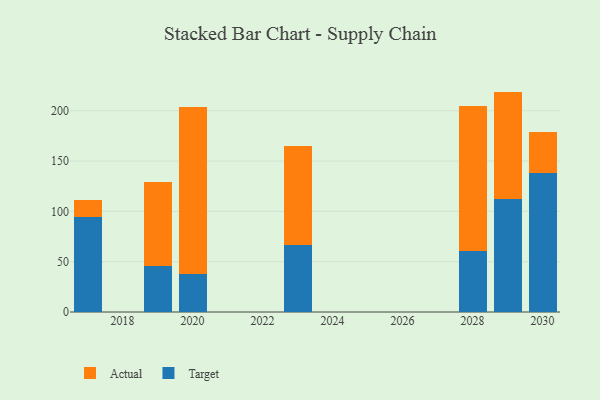
{"axis": {"x": "Year", "y": "Website Visitors"}, "legend": ["Actual", "Target"], "data": [{"x": "2020", "y": 37.3, "type": "Target"}, {"x": "2020", "y": 166.3, "type": "Actual"}, {"x": "2017", "y": 94.6, "type": "Target"}, {"x": "2017", "y": 16.2, "type": "Actual"}, {"x": "2028", "y": 60.2, "type": "Target"}, {"x": "2028", "y": 144.5, "type": "Actual"}, {"x": "2019", "y": 45.6, "type": "Target"}, {"x": "2019", "y": 83.5, "type": "Actual"}, {"x": "2030", "y": 138.0, "type": "Target"}, {"x": "2030", "y": 41.3, "type": "Actual"}, {"x": "2029", "y": 112.0, "type": "Target"}, {"x": "2029", "y": 107.0, "type": "Actual"}, {"x": "2023", "y": 66.9, "type": "Target"}, {"x": "2023", "y": 98.2, "type": "Actual"}]}